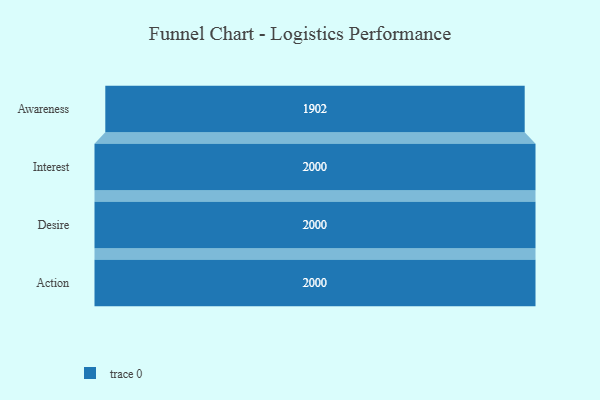
{"axis": {"x": "Stage", "y": "Value"}, "legend": [""], "data": [{"x": "Awareness", "y": 1902.0, "type": ""}, {"x": "Interest", "y": 2000, "type": ""}, {"x": "Desire", "y": 2000, "type": ""}, {"x": "Action", "y": 2000, "type": ""}]}